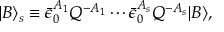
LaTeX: | B \rangle _ { s } \equiv \bar { \epsilon } _ { 0 } ^ { A _ { 1 } } Q ^ { - A _ { 1 } } \cdots \bar { \epsilon } _ { 0 } ^ { A _ { s } } Q ^ { - A _ { s } } | B \rangle ,